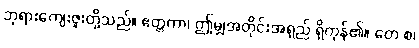
ဘုရားကျေးဇူးတို့သည်။ ဧတ္တကာ၊ ဤမျှအတိုင်းအရှည် ရှိကုန်၏။ တေ စ၊